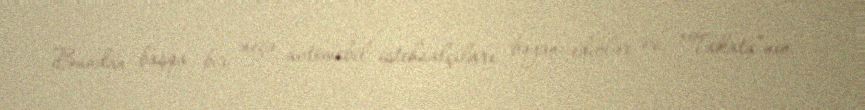
Bundan başqa bir neçə avtomobil istehsalçıları bəyan ediblər ki, “Takata”nın